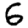
Digit: 6